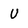
Character: u